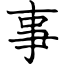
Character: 事